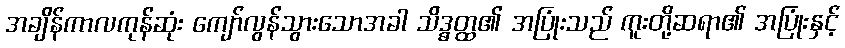
အချိန်ကာလကုန်ဆုံး ကျော်လွန်သွားသောအခါ သိဒ္ဓတ္ထ၏ အပြုံးသည် ကူးတို့ဆရာ၏ အပြုံးနှင့်